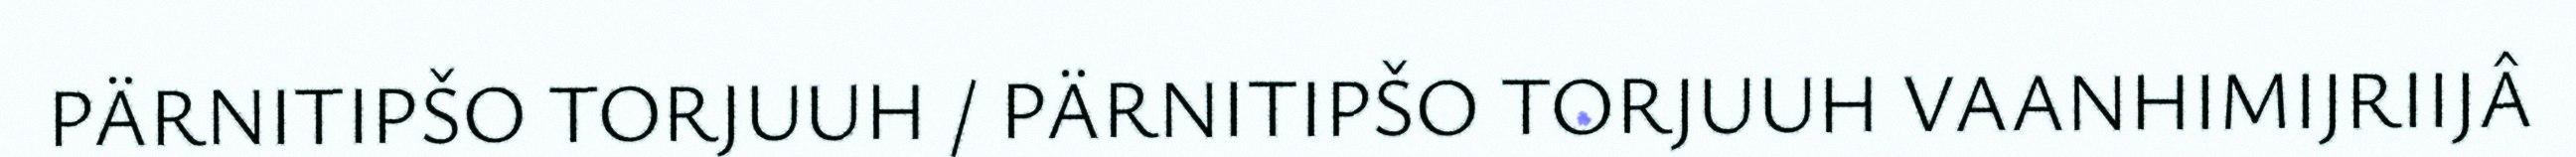
PÄRNITIPŠO TORJUUH / PÄRNITIPŠO TORJUUH VAANHIMIJRIIJÂ